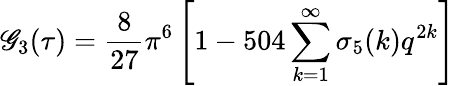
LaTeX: \mathscr{G}_{3}(\tau)={\frac{{8}}{{27}}}\pi^{6}\left[1-504\sum_{k=1}^{\infty}\sigma_{5}(k)q^{2k}\right]